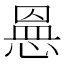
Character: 𭝾